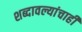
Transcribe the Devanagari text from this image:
शब्दावल्यांचाही